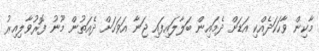
މާކިން ވާހަކަދެއްކި އަޑަށް ދެމައިން ބަލާލައިފައި ޖަނާ އަވަހަށް ދެއަތުން މޫނު ފޮރުވާލިއިރު